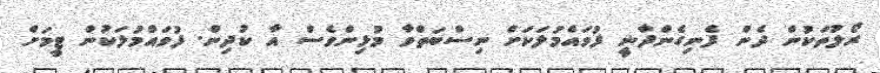
ރޯލުތަކުން ދެން ފެނިގެންދާނީ ފުވައްމުލަކަށް ނިސްބަތްވާ މުޅިންވެސް އާ ކުދިން. ފުވައްމުލަކުން ޓީމަށް